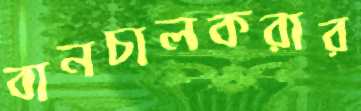
বানচালকরার